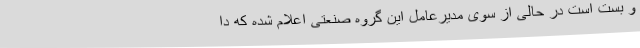
و بُست است در حالی از سوی مدیرعامل این گروه صنعتی اعلام شده که دا